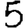
Digit: 5